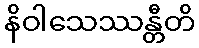
နိဝါသေဿန္တီတိ